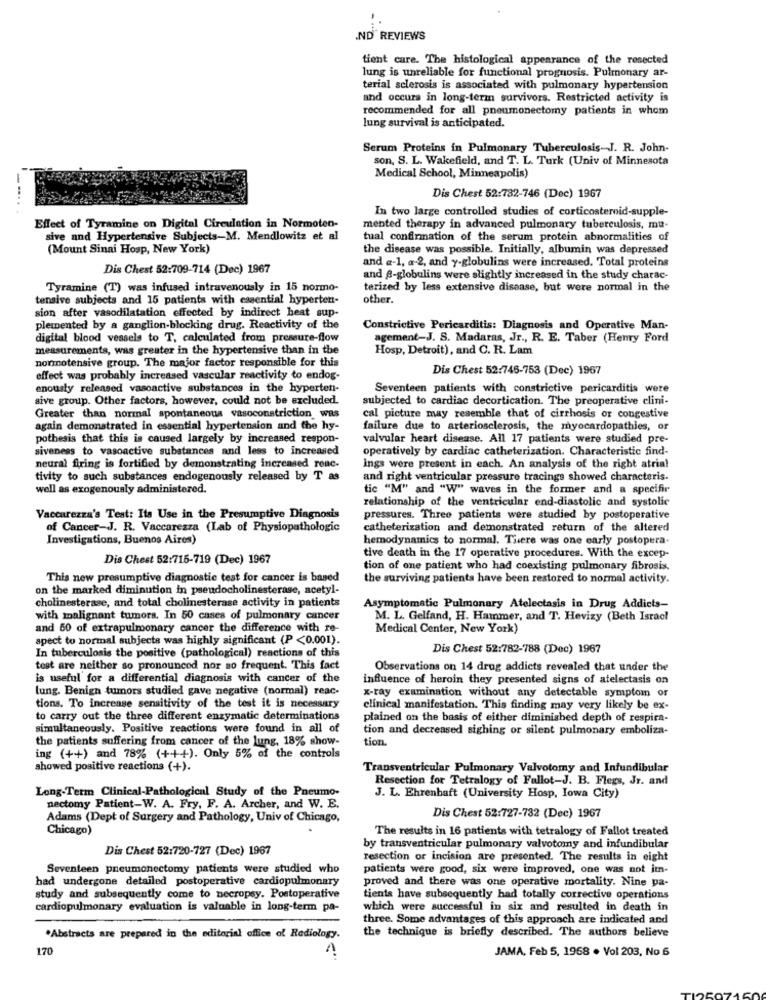
.ND" REVIEWS
tient care. The histological appearance of the resected
lung is unreliable for functional prognosis. Pulmonary ar-
terial sclerosis is associated with pulmonary hypertension
and occurs in long-term survivors. Restricted activity is
recommended for all pneumonectomy patients in whom
lung survival is anticipated.
Serum Proteins in Pulmonary Tuberculosis-J. R. John-
son, S. L. Wakefield, and T. L. Turk (Univ of Minnesota
Medical School, Minneapolis)
Dis Chest 52:782-746 (Dec) 1967
In two large controlled studies of corticosteroid-supple-
Effect of Tyramine on Digital Circulation in Normoten-
mented therapy in advanced pulmonary tuberculosis, mu-
sive and Hypertensive Subjects-M. Mendlowitz et al
tual confirmation of the serum protein abnormalities of
(Mount Sinai Hosp, New York)
the disease was possible. Initially, albumin was depressed
and a-1, a-2, and y-globulins were increased. Total proteins
Dis Chest 52:709-714 (Dec) 1967
and @-globulins were slightly increased in the study charac-
Tyramine (T) was infused intravenously in 15 normo-
terized by less extensive disease, but were normal in the
tensive subjects and 15 patients with essential hyperten-
other.
sion after vasodilatation effected by indirect heat sup-
plemented by a ganglion-blocking drug. Reactivity of the
Constrictive Pericarditis: Diagnosis and Operative Man-
digital blood vessels to T, calculated from pressure-flow
agement-J. S. Madaras, Jr ., R. E. Taber (Henry Ford
measurements, was greater in the hypertensive than in the
Hosp, Detroit), and C. R. Lam
normotensive group. The major factor responsible for this
Dis Chest 52:746-753 (Dec) 1967
effect was probably increased vascular reactivity to endog-
enously released vascactive substances in the hyperten-
Seventeen patients with constrictive pericarditis were
sive group. Other factors, however, could not be excluded.
subjected to cardiac decortication. The preoperative clini-
Greater than normal spontaneous vasoconstriction was
cal picture may resemble that of cirrhosis or congestive
again demonstrated in essential hypertension and the hy-
failure due to arteriosclerosis, the myocardopathies, or
pothesis that this is caused largely by increased respon-
valvular heart disease. All 17 patients were studied pre-
siveness to vasoactive substances and less to increased
operatively by cardiac catheterization. Characteristic find-
neural firing is fortified by demonstrating increased reac.
Ings were present in each. An analysis of the right atrial
tivity to such substances endogenously released by T as
and right ventricular pressure tracings showed characteris.
well as exogenously administered.
tic "M" and "W" waves in the former and a specifir
relationship of the ventricular end-diastolic and systolic
Vaccarezza's Test: Its Use in the Presumptive Diagnosis
pressures. Three patients were studied by postoperative
of Cancer-J. R. Vaccarezza (Lab of Physiopathologic
catheterization and demonstrated return of the altered
Investigations, Buenos Aires)
hemodynamics to normal. There was one early postopera-
Dis Chest 52:715-719 (Dec) 1967
tive death in the 17 operative procedures. With the excep-
tion of one patient who had coexisting pulmonary fibrosis.
This new presumptive diagnostic test for cancer is based
the surviving patients have been restored to normal activity.
on the marked diminution in pseudocholinesterase, acetyl-
cholinesterase, and total cholinesterase activity in patients
Asymptomatic Pulmonary Atelectasis in Drug Addicts-
with malignant tumors. In 50 cases of pulmonary cancer
M. L. Gelfand, H. Hammer, and T. Hevizy (Beth Israel
and 50 of extrapulmonary cancer the difference with re-
Medical Center, New York)
spect to normal subjects was highly significant (P <0.001).
In tuberculosis the positive (pathological) reactions of this
Dis Chest 52:782-788 (Dec) 1967
test are neither so pronounced nor ao frequent. This fact
Observations on 14 drug addicts revealed that under the
is useful for a differential diagnosis with cancer of the
influence of heroin they presented signs of atelectasis on
lung. Benign tumors studied gave negative (normal) reac-
x-ray examination without any detectable symptom of
tions. To increase sensitivity of the test it is necessary
clinical manifestation. This finding may very likely be ex-
to carry out the three different enzymatic determinations
plained on the basis of either diminished depth of respira-
simultaneously. Positive reactions were found in all of
tion and decreased sighing or silent pulmonary emboliza-
the patients suffering from cancer of the lung, 18% show-
tion.
ing (++) and 78% (+++). Only 5% of the controls
showed positive reactions (+).
Transventricular Pulmonary Valvotomy and Infundibular
Resection for Tetralogy of Fallot-J. B. Flegs, Jr. and
Long-Term Clinical-Pathological Study of the Pneumo-
J. L. Ehrenhaft (University Hosp, Iowa City)
nectomy Patient-W. A. Fry, F. A. Archer, and W. E.
Adams (Dept of Surgery and Pathology, Univ of Chicago,
Dis Chest 52:727-732 (Dec) 1967
Chicago)
The results in 16 patients with tetralogy of Fallot treated
Dis Chest 52:720-727 (Dec) 1967
by transventricular pulmonary valvotomy and infundibular
resection or incision are presented. The results in eight
Seventeen pneumonectomy patients were studied who
patients were good, six were improved, one was not imn-
had undergone detailed postoperative cardiopulmonary
proved and there was one operative mortality. Nine pa-
study and subsequently come to necropsy. Postoperative
tients have subsequently had totally corrective operations
cardiopulmonary evaluation is valuable in long-term pa-
which were successful in six and resulted in death in
three. Some advantages of this approach are indicated and
the technique is briefly described. The authors believe
.Abstracts are prepared in the editorial office of Radiology.
170
JAMA, Feb 5, 1968 . Vol 203, No 6